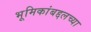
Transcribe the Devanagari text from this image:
भूमिकांबद्दलच्या